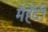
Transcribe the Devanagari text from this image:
मेंहँदी